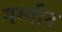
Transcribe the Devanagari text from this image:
गम्गीन